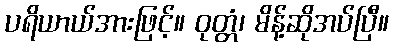
ပရိယာယ်အားဖြင့်။ ဝုတ္တံ၊ မိန့်ဆိုအပ်ပြီ။